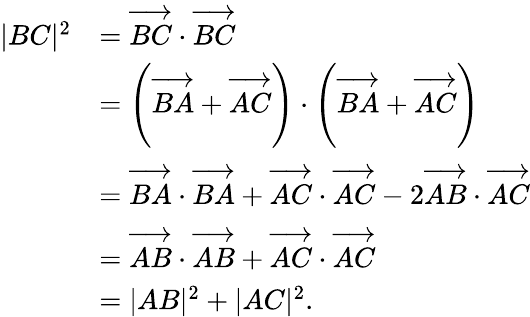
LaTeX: {\begin{array}{rl}{|BC|^{2}}&{={\overrightarrow{BC}}\cdot{\overrightarrow{BC}}}\\ &{=\left({\overrightarrow{BA}}+{\overrightarrow{AC}}\right)\cdot\left({\overrightarrow{BA}}+{\overrightarrow{AC}}\right)}\\ &{={\overrightarrow{BA}}\cdot{\overrightarrow{BA}}+{\overrightarrow{AC}}\cdot{\overrightarrow{AC}}-2{\overrightarrow{AB}}\cdot{\overrightarrow{AC}}}\\ &{={\overrightarrow{AB}}\cdot{\overrightarrow{AB}}+{\overrightarrow{AC}}\cdot{\overrightarrow{AC}}}\\ &{=|AB|^{2}+|AC|^{2}.}\end{array}}